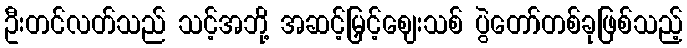
ဦးတင်လတ်သည် သင့်အဘို့ အဆင့်မြှင့်ဈေးသစ် ပွဲတော်တစ်ခုဖြစ်သည့်